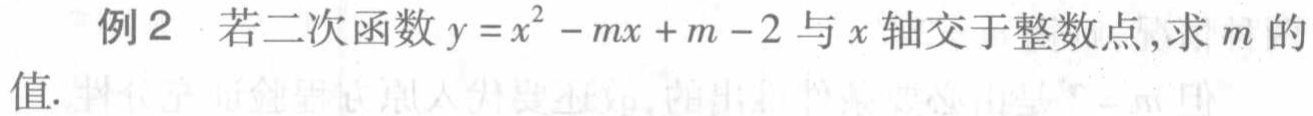
例2 若二次函数\(y = x^{2}-mx + m - 2\)与\(x\)轴交于整数点，求\(m\)的值.